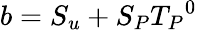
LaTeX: b=S_{u}+{S_{P}}{T_{P}}^{0}